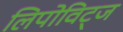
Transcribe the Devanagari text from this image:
लिपोविट्ज